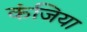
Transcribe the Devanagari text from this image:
कंजिया